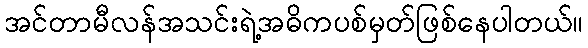
အင်တာမီလန်အသင်းရဲ့အဓိကပစ်မှတ်ဖြစ်နေပါတယ်။